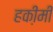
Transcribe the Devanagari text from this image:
हकी़मी